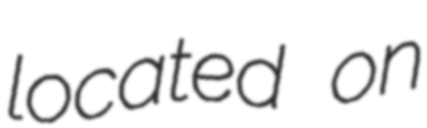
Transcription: located on